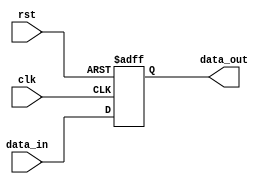
module pcie_controller (
    input wire clk,
    input wire rst,
    input wire data_in,
    output reg data_out
);

reg [7:0] data_reg;

always @(posedge clk or posedge rst) begin
    if (rst) begin
        data_reg <= 8'h00;
    end else begin
        data_reg <= data_in;
    end
end

assign data_out = data_reg;

endmodule